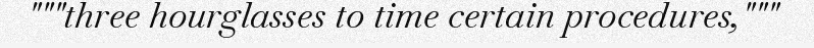
"""three hourglasses to time certain procedures,"""